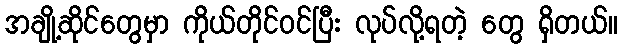
အချို့ဆိုင်တွေမှာ ကိုယ်တိုင်ဝင်ပြီး လုပ်လို့ရတဲ့ တွေ ရှိတယ်။